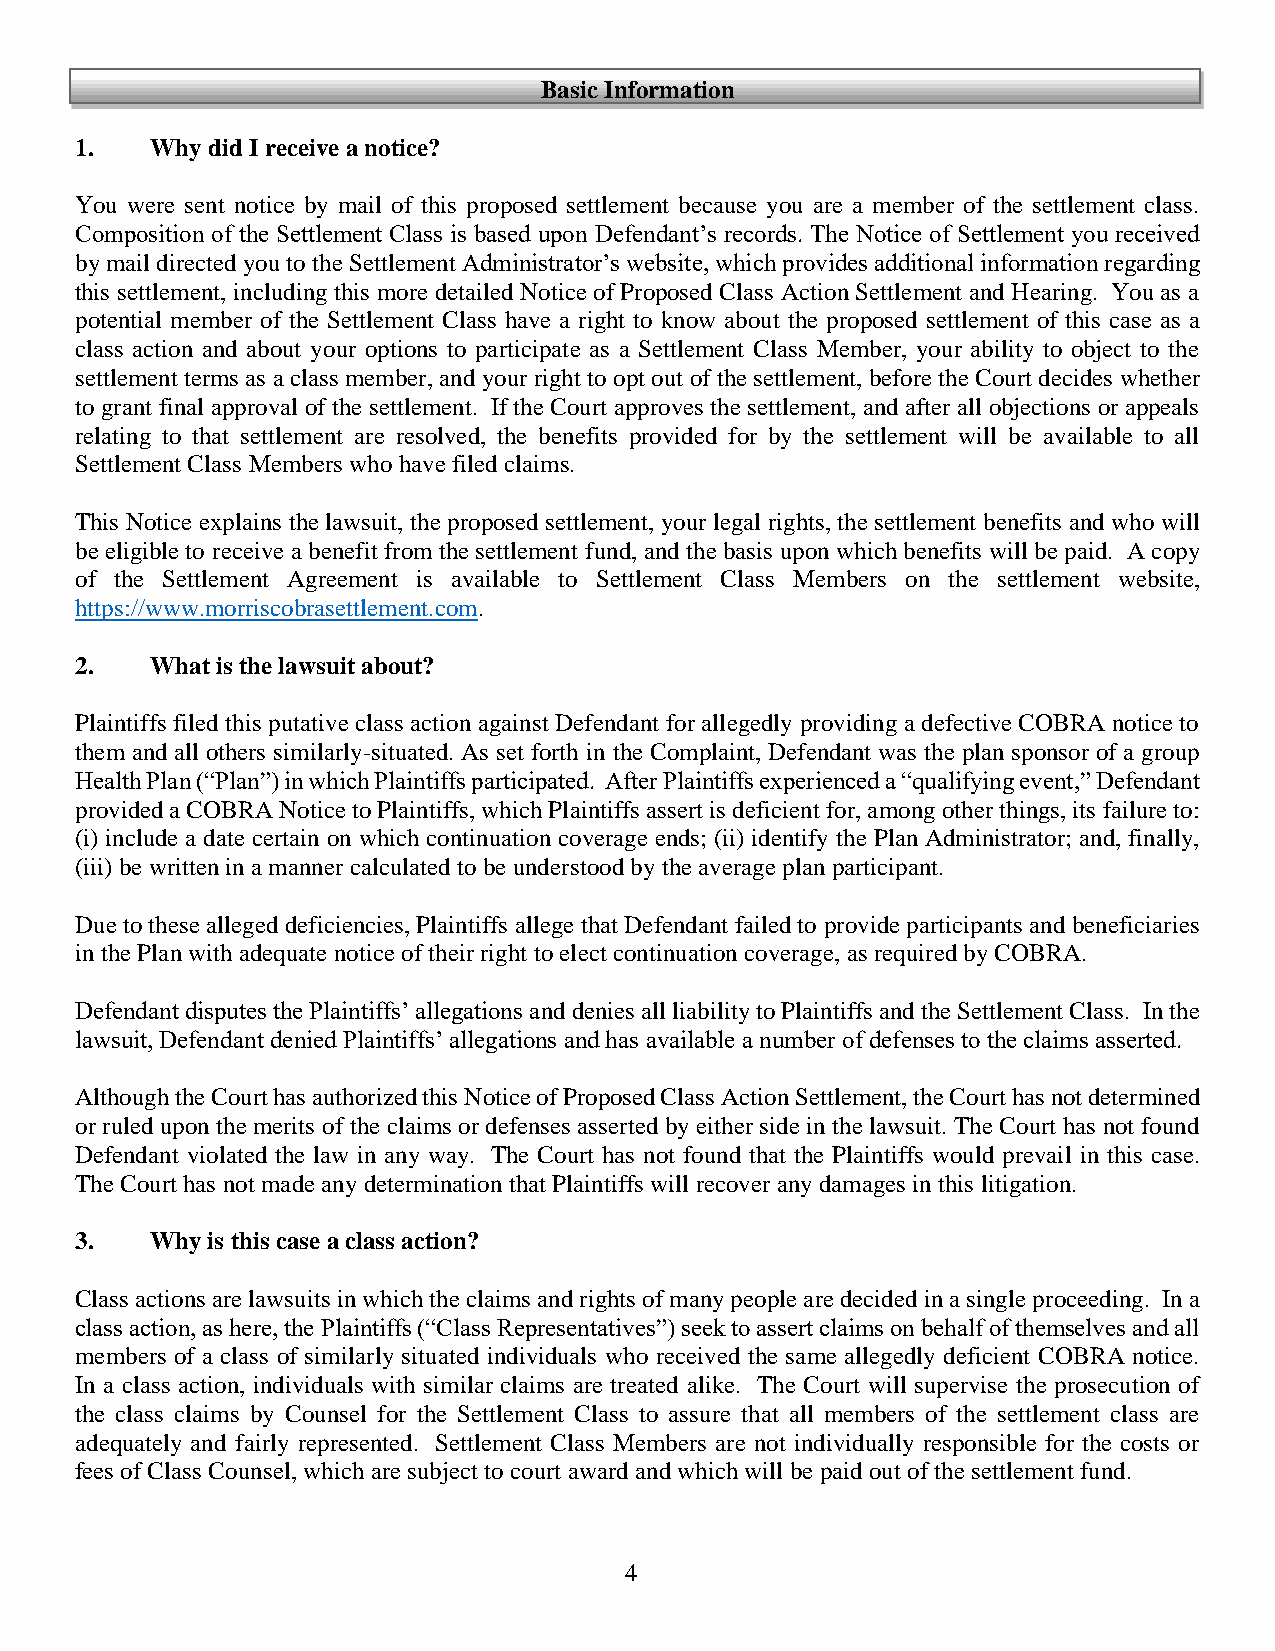
Basic Information
 1.   Why did I receive a notice?
 You were sent notice by mail of this proposed settlement because you are a member of the settlement class.
 Composition of the Settlement Class is based upon Defendant’s records. The Notice of Settlement you received
 by mail directed you to the Settlement Administrator’s website, which provides additional information regarding
 this settlement, including this more detailed Notice of Proposed Class Action Settlement and Hearing. You as a
 potential member of the Settlement Class have a right to know about the proposed settlement of this case as a
 class action and about your options to participate as a Settlement Class Member, your ability to object to the
 settlement terms as a class member, and your right to opt out of the settlement, before the Court decides whether
 to grant final approval of the settlement. If the Court approves the settlement, and after all objections or appeals
 relating to that settlement are resolved, the benefits provided for by the settlement will be available to all
 Settlement Class Members who have filed claims.
 This Notice explains the lawsuit, the proposed settlement, your legal rights, the settlement benefits and who will
 be eligible to receive a benefit from the settlement fund, and the basis upon which benefits will be paid. A copy
 of the Settlement Agreement is available to Settlement Class Members on the settlement website,
 https://www.morriscobrasettlement.com.
 2.   What is the lawsuit about?
 Plaintiffs filed this putative class action against Defendant for allegedly providing a defective COBRA notice to
 them and all others similarly-situated. As set forth in the Complaint, Defendant was the plan sponsor of a group
 Health Plan (“Plan”) in which Plaintiffs participated. After Plaintiffs experienced a “qualifying event,” Defendant
 provided a COBRA Notice to Plaintiffs, which Plaintiffs assert is deficient for, among other things, its failure to:
 (i) include a date certain on which continuation coverage ends; (ii) identify the Plan Administrator; and, finally,
 (iii) be written in a manner calculated to be understood by the average plan participant.
 Due to these alleged deficiencies, Plaintiffs allege that Defendant failed to provide participants and beneficiaries
 in the Plan with adequate notice of their right to elect continuation coverage, as required by COBRA.
 Defendant disputes the Plaintiffs’ allegations and denies all liability to Plaintiffs and the Settlement Class. In the
 lawsuit, Defendant denied Plaintiffs’ allegations and has available a number of defenses to the claims asserted.
 Although the Court has authorized this Notice of Proposed Class Action Settlement, the Court has not determined
 or ruled upon the merits of the claims or defenses asserted by either side in the lawsuit. The Court has not found
 Defendant violated the law in any way. The Court has not found that the Plaintiffs would prevail in this case.
 The Court has not made any determination that Plaintiffs will recover any damages in this litigation.
 3.   Why is this case a class action?
 Class actions are lawsuits in which the claims and rights of many people are decided in a single proceeding. In a
 class action, as here, the Plaintiffs (“Class Representatives”) seek to assert claims on behalf of themselves and all
 members of a class of similarly situated individuals who received the same allegedly deficient COBRA notice.
 In a class action, individuals with similar claims are treated alike. The Court will supervise the prosecution of
 the class claims by Counsel for the Settlement Class to assure that all members of the settlement class are
 adequately and fairly represented. Settlement Class Members are not individually responsible for the costs or
 fees of Class Counsel, which are subject to court award and which will be paid out of the settlement fund.
 4